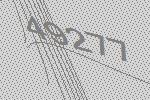
49277